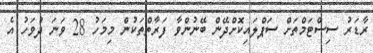
ރާޑަރު ސިސްޓަމްތަށް ސަޕްލައިކޮށްދޭން ބޭނުންވާ ފަރާތްތަކުން މިމަހު 28 ވަނަ ދުވަހު އެ